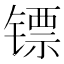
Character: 镖